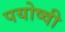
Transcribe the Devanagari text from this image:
पयोष्वी